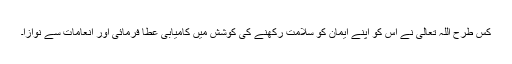
کس طرح اللہ تعالیٰ نے اُس کو اپنے ایمان کو سلامت رکھنے کی کوشش میں کامیابی عطا فرمائی اور انعامات سے نوازا۔